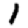
Digit: 1